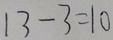
1 3 - 3 = 1 0